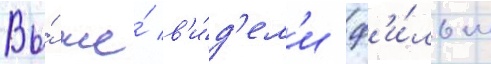
Вы́ же́ в'и́д'ел'и ф'и́льм